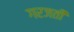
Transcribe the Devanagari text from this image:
गरजती